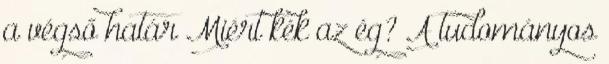
a végső határ Miért kék az ég? A tudományos